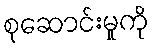
စုဆောင်းမှုကို